Medical and sanitary report of the native army of Bengal for the year
Year: 1876
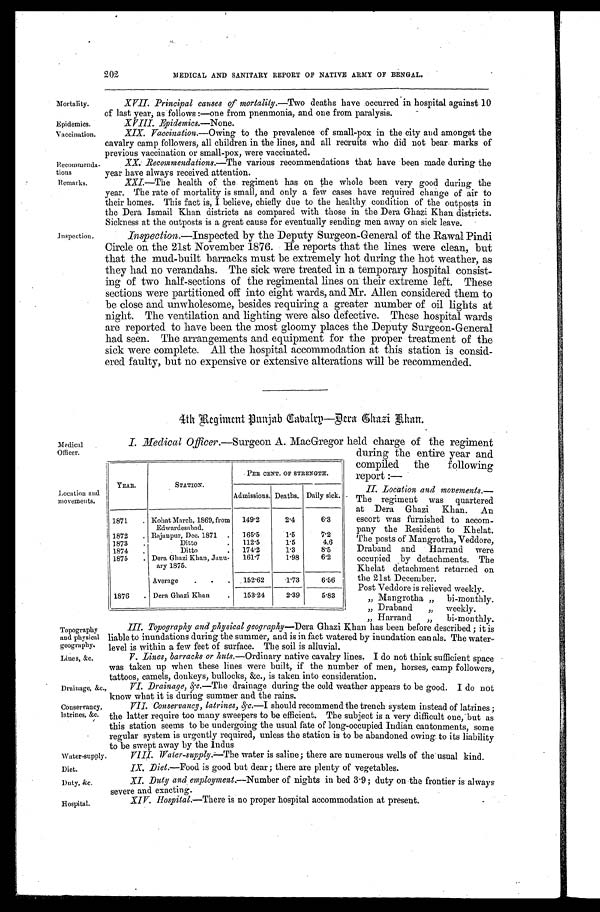
Location and
movements.
Topography
and physical
geography.
Lines, &c.
Duty, &c.
Hospital.
202
MEDICAL AND SANITARY REPORT OF NATIVE ARMY OF BENGAL.
Mortality.
XVII. Principal causes of mortality .—Two deaths have occurred in hospital against 10
of last year, as follows:—one from pnenmonia, and one from paralysis.
Epidemics.
XVIII.Epidemics.—None.
Vaccination.
XIX. Vaccination.—Owing to the prevalence of small-pox in the city and amongst the
cavalry camp followers, all children in the lines, and all recruits who did not bear marks of
previous vaccination or small-pox, were vaccinated.
Recommenda
- tions
XX. Recommendations .—The various recommendations that have been made during the
year have always received attention.
Remarks.
XXI.—The health of the regiment has on the whole been very good during the
year. The rate of mortality is small, and only a few cases have required change of air to
their homes. This fact is, I believe, chiefly due to the healthy condition of the outposts in
the Dera Ismail Khan districts as compared with those in the Dera Ghazi Khan districts.
Sickness at the outposts is a great cause for eventually sending men away on sick leave.
Inspection. Inspection.—Inspected by the Deputy Surgeon-General of the Rawal Pindi
Circle on the 21st November 1876. He reports that the lines were clean, but
that the mud-built barracks must be extremely hot during the hot weather, as
they had no verandahs. The sick were treated in a temporary hospital consist-
ing of two half-sections of the regimental lines on their extreme left. These
sections were partitioned off into eight wards, and Mr. Allen considered them to
be close and unwholesome, besides requiring a greater number of oil lights at
night. The ventilation and lighting were also defective. These hospital wards
are reported to have been the most gloomy places the Deputy Surgeon-General
had seen. The arrangements and equipment for the proper treatment of the
sick were complete. All the hospital accommodation at this station is consid-
ered faulty, but no expensive or extensive alterations will be recommended.
Medical
Officer.
YEAR.
STATION.
PER CENT. OF STRENGTH.
Admissions. Deaths. Daily sick.
1871
Kohat March, 1869, from 149. 2
2.4
6.3
Edwardesabad.
1872
Rajanpur, Dec. 1871
165.5
1.5
7.2
1873
Ditto
112.5
1.5
4.6
1874
Ditto
174.2
1.3
8.5
1875
Dera Ghazi Khan, Janu-
ary 1875.
161.1
1.98
6.2
Average
152.62 1.73
6.56
1876
Dera Ghazi Khan
153.24
2.39
5.83
4th Regiment Punjab Cabalry—Dera Ghazi Khan.
I. Medical Officer.—Surgeon A. MacGregor held charge of the regiment
during the entire year and
compiled the following
report
: —
II. Location and movements .—
The regiment was quartered
at Dera Ghazi Khan. An
escort was furnished to accom-
pany the Resident to Khelat.
The posts of Mangrotha, Veddore,
Draband and Harrand were
occupied by detachments. The
Khelat detachment returned on
the 21st December.
Post Veddore is relieved weekly.
„ Mangrotha „ bi-monthly
„ Draband „ weekly.
„ Harrand „ bi-monthly.
III. Topography and physical geography —Dera Ghazi Khan has been before described; it is
liable to inundations during the summer, and is in fact watered by inundation canals. The water
level is within a few feet of surface. The soil is alluvial.
V. Li nes , bar r acks or hut s. —Or di nar y nat i ve caval r y l i nes . I do not t hi nk s uf f i ci ent s pace
was taken up when these lines were built, if the number of men, horses, camp followers,
tattoos, camels, donkeys, bullocks, &c., is taken into consideration.
Drainage, &c.,
VI. Drainage, &c.—The drainage during the cold weather appears to be good. I do not
know what it is during summer and the rains.
VII.Conservancy, latrines, should recommend the trench. System instead of latrines;
the latter require too many sweepers to be efficient. The subject is a very difficult one, but as
this station seems to be undergoing the usual fate of long-occupied Indian cantonments, some
regular system is urgently required, unless the station is to be abandoned owing. to its liability
to be swept away by the Indus
Water-supply. VIII. Water—supply .— The water is saline; there are numerous wells of the usual kind.
Diet.
Diet.—Food is good but dear; there are plenty of vegetables.
XI. Duty and employment .—Number of nights in bed 3.9; duty on the frontier is always
severe and exacting.
XIV. Hospital.—There is no proper hospital accommodation at present.
Conservancy,
latrines, &c.